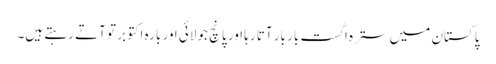
پاکستان میں سترہ اگست بار بار آتا رہا اور پانچ جولائی اور بارہ اکتوبر تو آتے رہتے ہیں۔